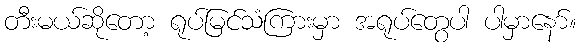
တီးမယ်ဆိုတော့ ရုပ်မြင်သံကြားမှာ အရုပ်တွေပါ ပါမှာနော်။